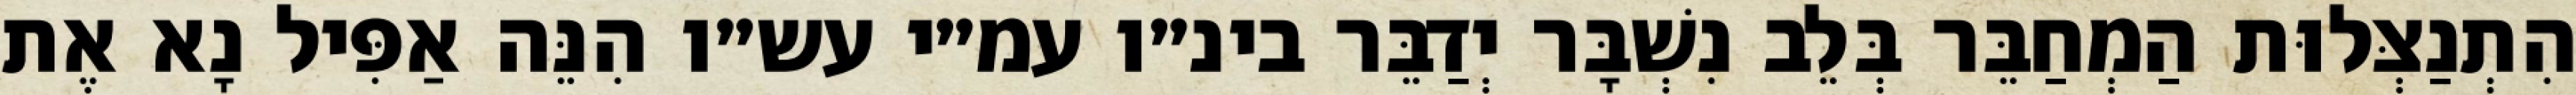
הִתְנַצְּלוּת הַמְחַבֵּר בְּלֵב נִשְׁבָּר יְדַבֵּר בינ״ו עמ״י עש״ו הִנֵּה אַפִּיל נָא אֶת